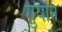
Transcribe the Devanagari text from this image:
गुयान